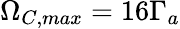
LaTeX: \Omega_{C,max}=16\Gamma_{a}